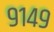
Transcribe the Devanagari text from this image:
९१४९